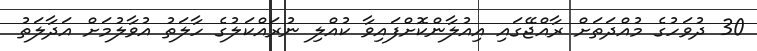
30 ދުވަހުގެ މުއްދަތަށް ރާއްޖޭގައި އިއުލާންކޮށްފައިވާ ކުއްލި ނުރައްކަލުގެ ހާލަތު އުވާލުމަށް އަދާލަތު